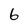
Character: 6